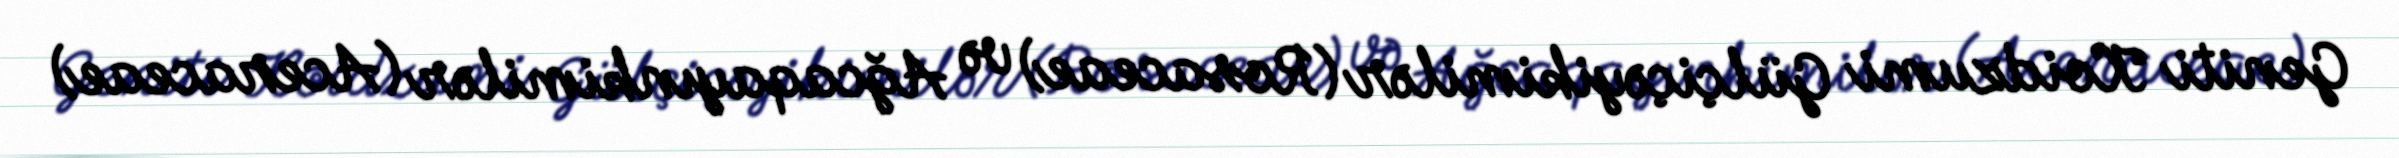
Geniti Koidzumi Gülçiçəyikimilər (Rosaceae) və Ağcaqayınkimilər (Aceraceae)